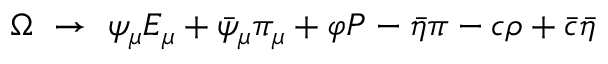
\Omega \ \to \ \psi _ { \mu } E _ { \mu } + \bar { \psi } _ { \mu } \pi _ { \mu } + \varphi { \cal P } - \bar { \eta } \pi - c \rho + \bar { c } \bar { \eta }